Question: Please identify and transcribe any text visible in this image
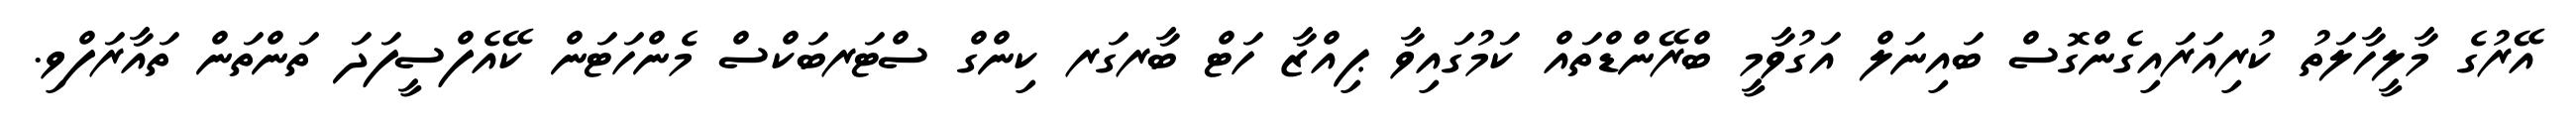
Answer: އޭރުގެ މާލީހާލަތު ކުރިއަރައިގެންގޮސް ބައިނަލް އަގުވާމީ ބްރޭންޑްތައް ކަމުގައިވާ ޕިއްޒާ ހަޓް ބާރގަރ ކިންގް ސްޓަރބަކްސް މެންހަޓަން ކޭއެފްސީފަދަ ތަންތަން ތައާރަފްވި.